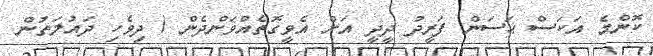
ކޮންމެ އަކަސް ޙަސަން ފަރީދު ދީދީ އަށް އެވީގޮތެއްވަންދެން ( ދިވެހި ދައުލަތުން